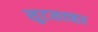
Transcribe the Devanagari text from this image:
सुटसत्व्हर